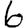
Digit: 6